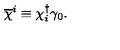
\overline { { \chi } } ^ { i } \equiv \chi _ { i } ^ { \dagger } \gamma _ { 0 } .